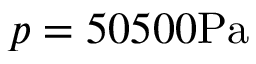
p = 5 0 5 0 0 \mathrm { P a }